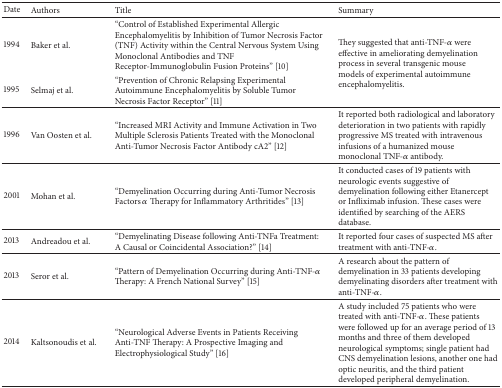
| Date | Authors | Title | Summary |
 | --- | --- | --- | --- |
 | 1994 | Baker et al. | “Control of Established Experimental Allergic Encephalomyelitis by Inhibition of Tumor Necrosis Factor (TNF) Activity within the Central Nervous System Using Monoclonal Antibodies and TNF Receptor-Immunoglobulin Fusion Proteins” [10] | <ROWSPAN=2> They suggested that anti-TNF-α were effective in ameliorating demyelination process in several transgenic mouse models of experimental autoimmune encephalomyelitis. |
 | 1995 | Selmaj et al. | “Prevention of Chronic Relapsing Experimental Autoimmune Encephalomyelitis by Soluble Tumor Necrosis Factor Receptor” [11] |
 | 1996 | Van Oosten et al. | “Increased MRI Activity and Immune Activation in Two Multiple Sclerosis Patients Treated with the Monoclonal Anti-Tumor Necrosis Factor Antibody cA2” [12] | It reported both radiological and laboratory deterioration in two patients with rapidly progressive MS treated with intravenous infusions of a humanized mouse monoclonal TNF-α antibody. |
 | 2001 | Mohan et al. | “Demyelination Occurring during Anti-Tumor Necrosis Factors α Therapy for Inflammatory Arthritides” [13] | It conducted cases of 19 patients with neurologic events suggestive of demyelination following either Etanercept or Infliximab infusion. These cases were identified by searching of the AERS database. |
 | 2013 | Andreadou et al. | “Demyelinating Disease following Anti-TNFa Treatment: A Causal or Coincidental Association?” [14] | It reported four cases of suspected MS after treatment with anti-TNF-α. |
 | 2013 | Seror et al. | “Pattern of Demyelination Occurring during Anti-TNF-α Therapy: A French National Survey” [15] | A research about the pattern of demyelination in 33 patients developing demyelinating disorders after treatment with anti-TNF-α. |
 | 2014 | Kaltsonoudis et al. | “Neurological Adverse Events in Patients Receiving Anti-TNF Therapy: A Prospective Imaging and Electrophysiological Study” [16] | A study included 75 patients who were treated with anti-TNF-α. These patients were followed up for an average period of 13 months and three of them developed neurological symptoms; single patient had CNS demyelination lesions, another one had optic neuritis, and the third patient developed peripheral demyelination. |